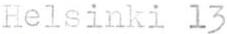
Helsinki 13